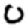
Digit: 0